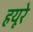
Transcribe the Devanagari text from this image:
हयूरे